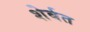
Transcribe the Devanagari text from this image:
शेर्बत